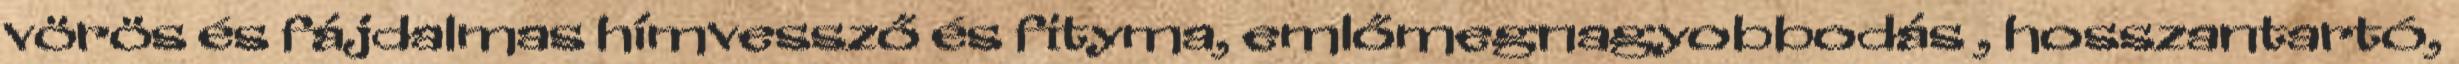
vörös és fájdalmas hímvessző és fityma, emlőmegnagyobbodás , hosszantartó,